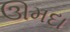
ઊમદા